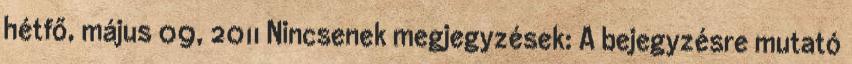
hétfő, május 09, 2011 Nincsenek megjegyzések: A bejegyzésre mutató